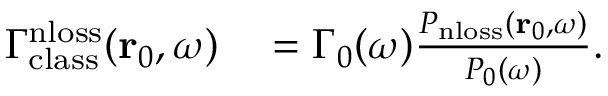
\begin{array} { r l } { \Gamma _ { \mathrm { c l a s s } } ^ { \mathrm { n l o s s } } ( \mathbf { r } _ { 0 } , \omega ) } & { { } = \Gamma _ { 0 } ( \omega ) \frac { P _ { \mathrm { n l o s s } } ( \mathbf { r } _ { 0 } , \omega ) } { P _ { 0 } ( \omega ) } . } \end{array}